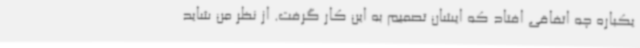
یکباره چه اتفاقی افتاد که ایشان تصمیم به این کار گرفت. از نظر من شاید